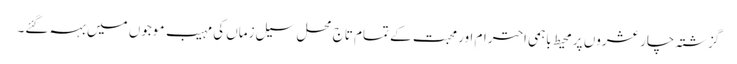
گزشتہ چار عشروں پر محیط باہمی احترام اور محبت کے تمام تاج محل سیل زماں کی مہیب موجوں میں بہہ گئے۔